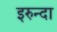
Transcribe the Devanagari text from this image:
इरुन्दा